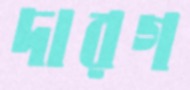
দারগ